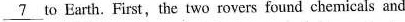
\underline{7} to Earth. First, the two rovers found chemicals and